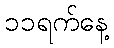
၁၁ရက်နေ့